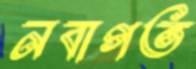
নবাগত